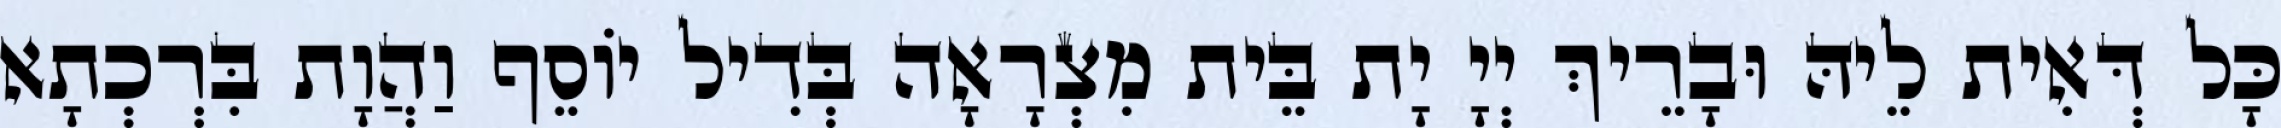
כָּל דְּאִית לֵיהּ וּבָרֵיךְ יְיָ יָת בֵּית מִצְרָאָה בְּדִיל יוֹסֵף וַהֲוָת בִּרְכְתָא